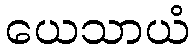
ယေသာယံ